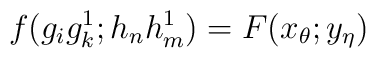
f(g_ig^1_k;h_nh^1_m)=F(x_\theta;y_\eta)